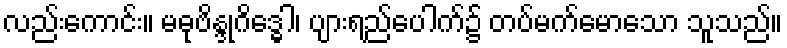
လည်းကောင်း။ မဓုဗိန္ဒုဂိဒ္ဓေါ၊ ပျားရည်ပေါက်၌ တပ်မက်မောသော သူသည်။